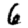
Digit: 6